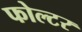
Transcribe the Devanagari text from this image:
फोल्टर